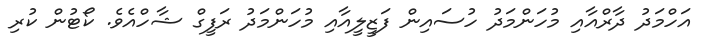
އަހްމަދު ދާރްއާއި މުހަންމަދު ހުސައިން ފަޒީލީއާއި މުހަންމަދު ރަފީގް ޝާހްއެވެ. ކޯޓުން ކުރި